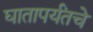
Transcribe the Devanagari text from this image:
घातापर्यंतचे